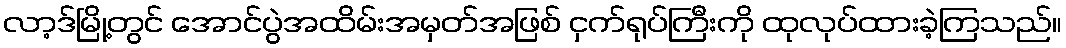
လာ့ဒ်မြို့တွင် အောင်ပွဲအထိမ်းအမှတ်အဖြစ် ငှက်ရုပ်ကြီးကို ထုလုပ်ထားခဲ့ကြသည်။